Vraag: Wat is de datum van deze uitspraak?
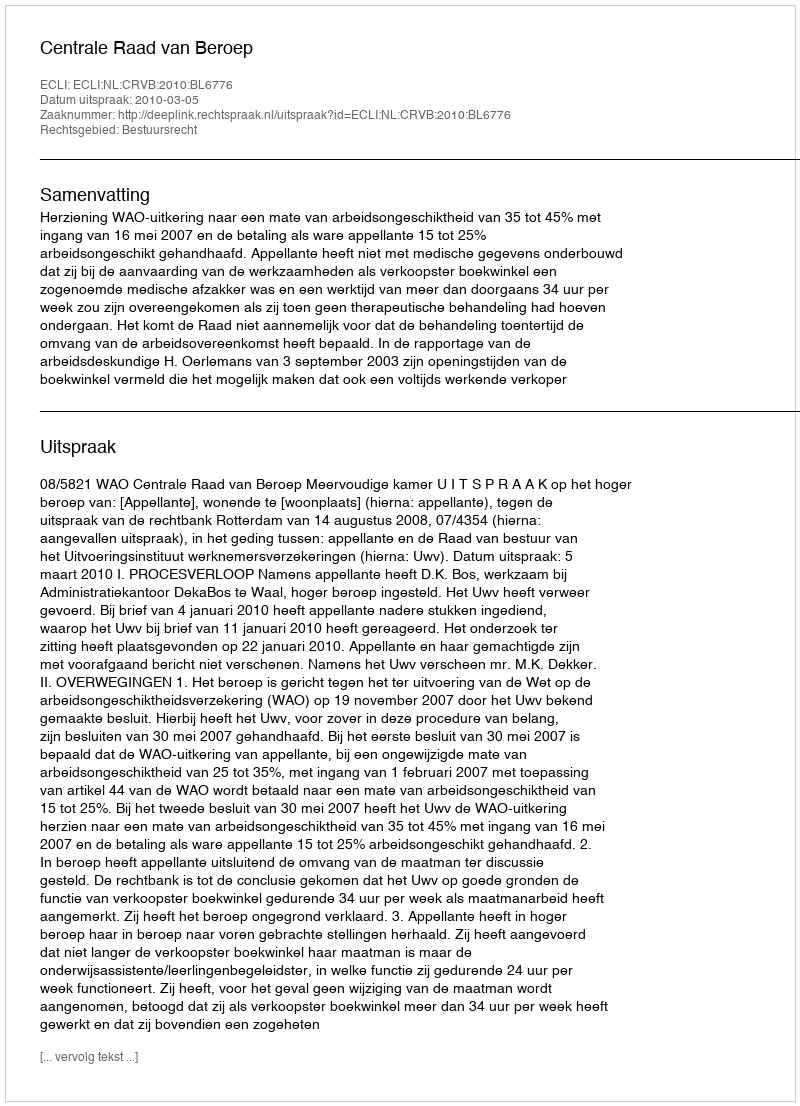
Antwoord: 2010-03-05